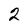
Character: 2